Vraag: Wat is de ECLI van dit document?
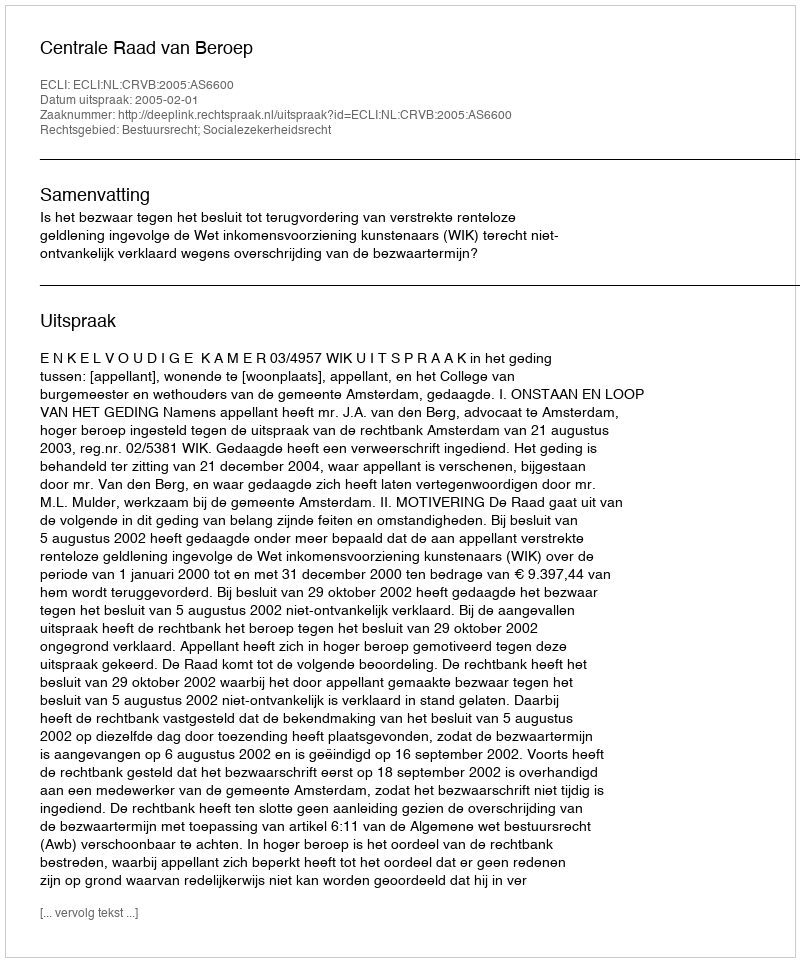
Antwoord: ECLI:NL:CRVB:2005:AS6600